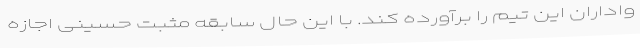
واداران این تیم را برآورده کند. با این حال سابقه مثبت حسینی اجازه